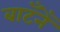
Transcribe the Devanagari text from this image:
बाटँनेँ